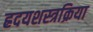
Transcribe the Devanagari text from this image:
ह्रदयशस्त्रक्रिया